Scientific memoirs by medical officers of the Army of India - Part XI,
Year: 1898
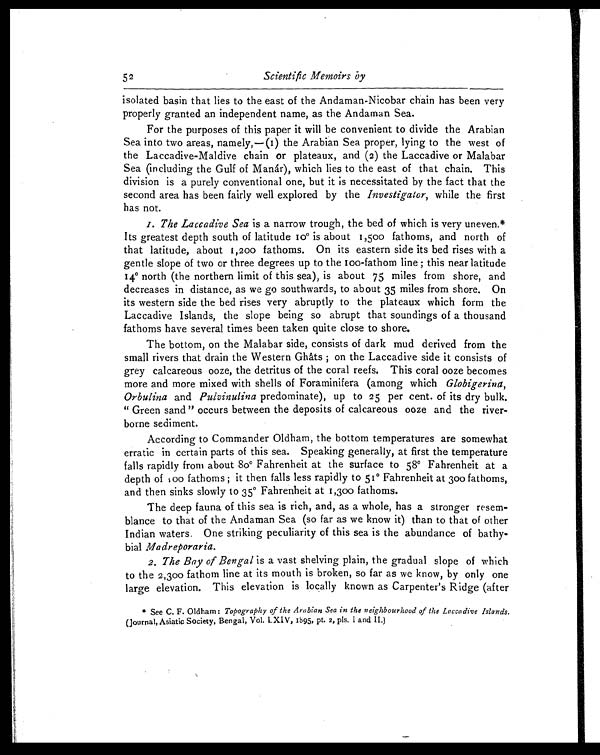
52
Scientific Memoirs by
isolated basin that lies to the east of the Andaman-Nicobar chain has been very
properly granted an independent name, as the Andaman Sea.
For the purposes of this paper it will be convenient to divide the Arabian
Sea into two areas, namely,—(I) the Arabian Sea proper, lying to the west of
the Laccadive-Maldive chain or plateaux, and (2) the Laccadive or Malabar
Sea (including the Gulf of Manár), which lies to the east of that chain. This
division is a purely conventional one, but it is necessitated by the fact that the
second area has been fairly well explored by the Investigator, while the first
has not.
I. The Laccadive Sea is a narrow trough, the bed of which is very uneven.*
Its greatest depth south of latitude 10° is about 1,500 fathoms, and north of
that latitude, about 1,200 fathoms. On its eastern side its bed rises with a
gentle slope of two or three degrees up to the 100-fathom line; this near latitude
14° north (the northern limit of this sea), is about 75 miles from shore, and
decreases in distance, as we go southwards, to about 35 miles from shore. On
its western side the bed rises very abruptly to the plateaux which form the
Laccadive Islands, the slope being so abrupt that soundings of a thousand
fathoms have several times been taken quite close to shore.
The bottom, on the Malabar side, consists of dark mud derived from the
small rivers that drain the Western Ghâts; on the Laccadive side it consists of
grey calcareous ooze, the detritus of the coral reefs. This coral ooze becomes
more and more mixed with shells of Foraminifera (among which Globigerina,
Orbulina and Pulvinulina predominate), up to 25 per cent. of its dry bulk.
"Green sand" occurs between the deposits of calcareous ooze and the river-
borne sediment.
According to Commander Oldham, the bottom temperatures are somewhat
erratic in certain parts of this sea. Speaking generally, at first the temperature
falls rapidly from about 80° Fahrenheit at the surface to 58° Fahrenheit at a
depth of 100 fathoms; it then falls less rapidly to 51° Fahrenheit at 300 fathoms,
and then sinks slowly to 35° Fahrenheit at 1,300 fathoms.
The deep fauna of this sea is rich, and, as a whole, has a stronger resem-
blance to that of the Andaman Sea (so far as we know it) than to that of other
Indian waters, One striking peculiarity of this sea is the abundance of bathy-
bial M a d r e p o r a r i a .
2. The Bay of Bengal is a vast shelving plain, the gradual slope of which
to the 2,300 fathom line at its mouth is broken, so far as we know, by only one
large elevation. This elevation is locally known as Carpenter's Ridge (after
* See C. F. Oldham: Topography of the Arabian Sea in the neighbourhood of the Laccadive Islands.
(Journal, Asiatic Society, Bengal, Vol. LXIV, 1895, pt. 2, pls. I and 11.)